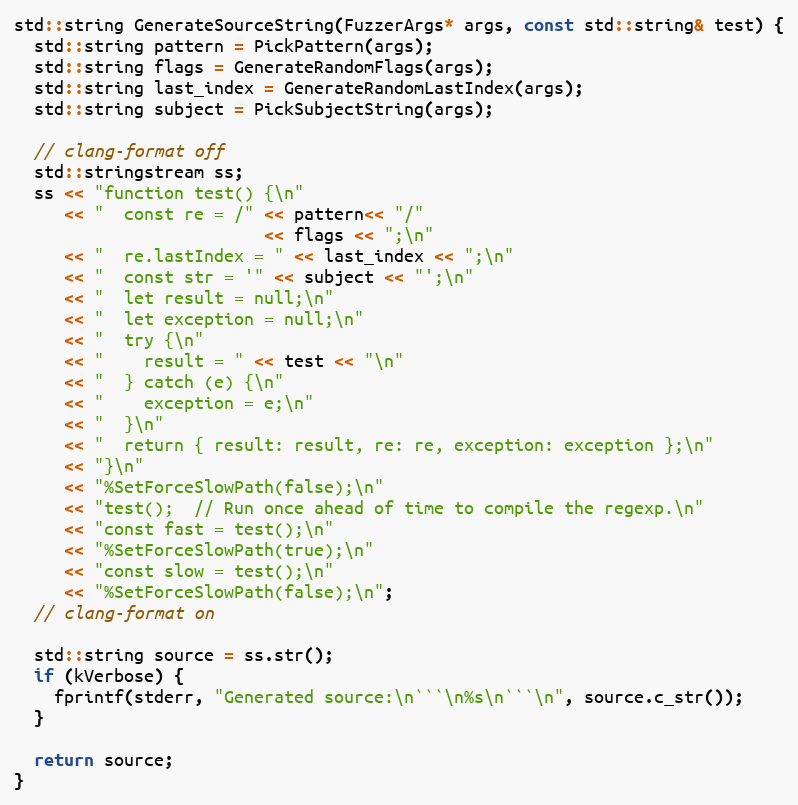
Language: C++
std::string GenerateSourceString(FuzzerArgs* args, const std::string& test) {
  std::string pattern = PickPattern(args);
  std::string flags = GenerateRandomFlags(args);
  std::string last_index = GenerateRandomLastIndex(args);
  std::string subject = PickSubjectString(args);

  // clang-format off
  std::stringstream ss;
  ss << "function test() {\n"
     << "  const re = /" << pattern<< "/"
                         << flags << ";\n"
     << "  re.lastIndex = " << last_index << ";\n"
     << "  const str = '" << subject << "';\n"
     << "  let result = null;\n"
     << "  let exception = null;\n"
     << "  try {\n"
     << "    result = " << test << "\n"
     << "  } catch (e) {\n"
     << "    exception = e;\n"
     << "  }\n"
     << "  return { result: result, re: re, exception: exception };\n"
     << "}\n"
     << "%SetForceSlowPath(false);\n"
     << "test();  // Run once ahead of time to compile the regexp.\n"
     << "const fast = test();\n"
     << "%SetForceSlowPath(true);\n"
     << "const slow = test();\n"
     << "%SetForceSlowPath(false);\n";
  // clang-format on

  std::string source = ss.str();
  if (kVerbose) {
    fprintf(stderr, "Generated source:\n```\n%s\n```\n", source.c_str());
  }

  return source;
}